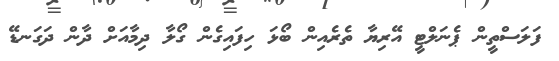
ފަލަސްތީން ޕެނަލްޓީ އޭރިޔާ ތެރެއިން ބޯޅަ ހިފައިގެން ގޯލާ ދިމާއަށް ދާން ދަގަނޑޭ